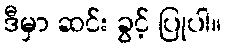
ဒီမှာ ဆင်း ခွင့် ပြုပါ။